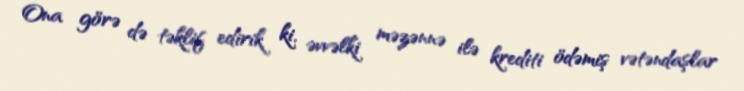
Ona görə də təklif edirik ki, əvvəlki məzənnə ilə krediti ödəmiş vətəndaşlar